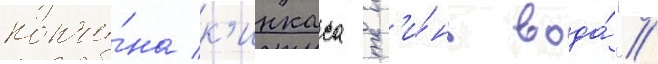
кончи́на к'инкаса сг'и́нь вода́".